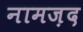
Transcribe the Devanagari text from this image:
नामज़द